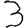
Digit: 3